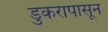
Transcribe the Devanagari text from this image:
डुकरापासून